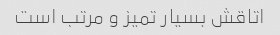
اتاقش بسیار تمیز و مرتب است